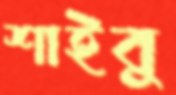
শাইবু